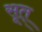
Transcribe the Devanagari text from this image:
सूत्